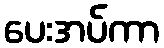
ပေးအပ်ကာ